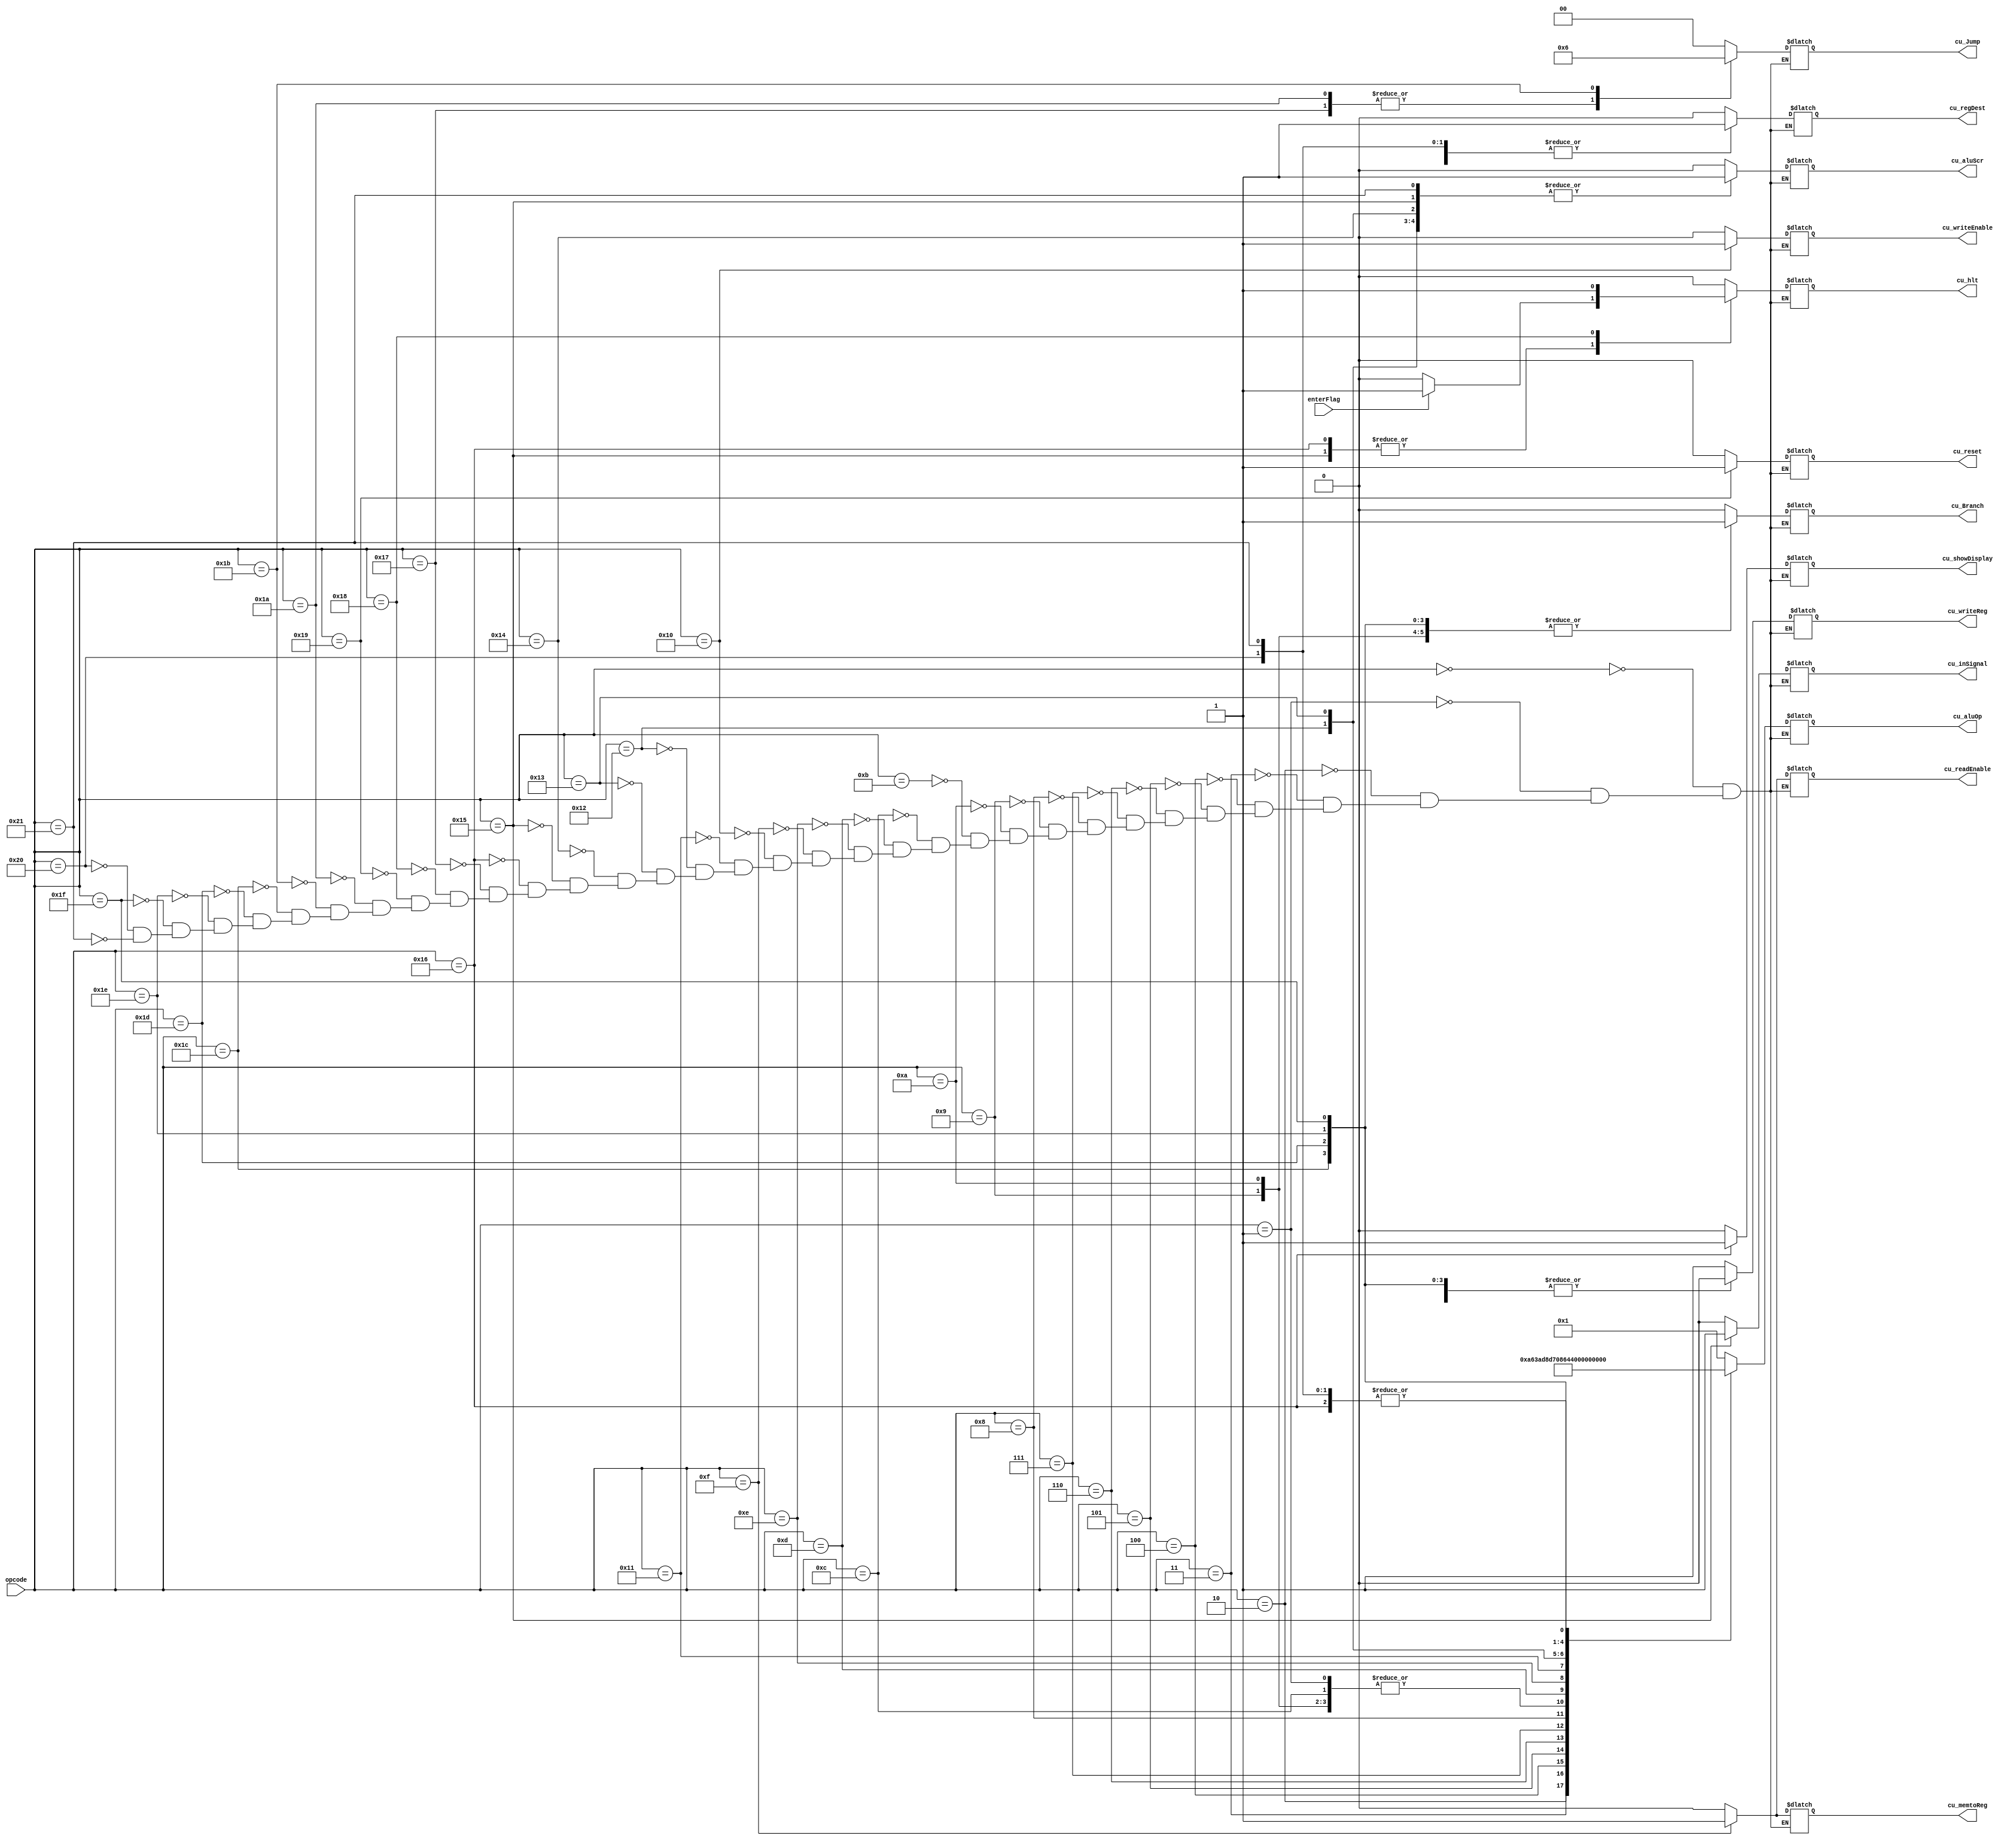
module controlUnity (opcode, cu_writeReg, cu_regDest, cu_memtoReg, cu_Jump, cu_inSignal, cu_aluScr, cu_writeEnable, cu_readEnable, cu_Branch, cu_aluOp, cu_hlt, cu_reset, cu_showDisplay, enterFlag);
  input [5:0] opcode;
  input enterFlag;
  output reg cu_writeReg, cu_regDest, cu_memtoReg, cu_inSignal, cu_aluScr, cu_writeEnable, cu_readEnable, cu_Branch, cu_hlt, cu_reset, cu_showDisplay;
  output reg [4:0] cu_aluOp;
  output reg [1:0] cu_Jump;

  always @ (opcode) begin
    case(opcode)
    6'b000000: begin //Add_OK
    cu_writeReg = 1'b1;
    cu_regDest = 1'b0;	
    cu_memtoReg = 1'b0;
    cu_Jump = 2'b00;
    cu_inSignal = 1'b0;
    cu_aluScr = 1'b0;
    cu_writeEnable = 1'b0;
    cu_readEnable = 1'b0;
    cu_Branch = 1'b0;
    cu_aluOp = 5'b00001;
    cu_hlt = 1'b0;
    cu_reset = 1'b0;
	 cu_showDisplay = 1'b0;
    end

    6'b000001: begin //Subtract_OK
    cu_writeReg = 1'b1;
    cu_regDest = 1'b0;
    cu_memtoReg = 1'b0;
    cu_Jump = 2'b00;
    cu_inSignal = 1'b0;
    cu_aluScr = 1'b0;
    cu_writeEnable = 1'b0;
    cu_readEnable = 1'b0;
    cu_Branch = 1'b0;
	 cu_aluOp = 5'b00010;
    cu_hlt = 1'b0;
    cu_reset = 1'b0;
	 cu_showDisplay = 1'b0;
    end

    6'b000010: begin //And_OK
    cu_writeReg = 1'b1;
    cu_regDest = 1'b0;
    cu_memtoReg = 1'b0;
    cu_Jump = 2'b00;
    cu_inSignal = 1'b0;
    cu_aluScr = 1'b0;
    cu_writeEnable = 1'b0;
    cu_readEnable = 1'b0;
    cu_Branch = 1'b0;
    cu_aluOp = 5'b00101;
    cu_hlt = 1'b0;
    cu_reset = 1'b0;
	 cu_showDisplay = 1'b0;
    end

    6'b000011: begin //Or_OK
    cu_writeReg = 1'b1;
    cu_regDest = 1'b0;
    cu_memtoReg = 1'b0;
    cu_Jump = 2'b00;
    cu_inSignal = 1'b0;
    cu_aluScr = 1'b0;
    cu_writeEnable = 1'b0;
    cu_readEnable = 1'b0;
    cu_Branch = 1'b0;
    cu_aluOp = 5'b00110;
    cu_hlt = 1'b0;
    cu_reset = 1'b0;
	 cu_showDisplay = 1'b0;
    end

    6'b000100: begin //Xor_OK
    cu_writeReg = 1'b1;
    cu_regDest = 1'b0;
    cu_memtoReg = 1'b0;
    cu_Jump = 2'b00;
    cu_inSignal = 1'b0;
    cu_aluScr = 1'b0;
    cu_writeEnable = 1'b0;
    cu_readEnable = 1'b0;
    cu_Branch = 1'b0;
    cu_aluOp = 5'b00111;
    cu_hlt = 1'b0;
    cu_reset = 1'b0;
	 cu_showDisplay = 1'b0;
    end

    6'b000101: begin //Set on less than_OK
    cu_writeReg = 1'b1;
    cu_regDest = 1'b0;
    cu_memtoReg = 1'b0;
    cu_Jump = 2'b00;
    cu_inSignal = 1'b0;
    cu_aluScr = 1'b0;
    cu_writeEnable = 1'b0;
    cu_readEnable = 1'b0;
    cu_Branch = 1'b0;
    cu_aluOp = 5'b01011;
    cu_hlt = 1'b0;
    cu_reset = 1'b0;
	 cu_showDisplay = 1'b0;
    end

    6'b000110: begin //Multiply_OK
    cu_writeReg = 1'b1;
    cu_regDest = 1'b0;
    cu_memtoReg = 1'b0;
    cu_Jump = 2'b00;
    cu_inSignal = 1'b0;
    cu_aluScr = 1'b0;
    cu_writeEnable = 1'b0;
    cu_readEnable = 1'b0;
    cu_Branch = 1'b0;
    cu_aluOp = 5'b01100;
    cu_hlt = 1'b0;
    cu_reset = 1'b0;
	 cu_showDisplay = 1'b0;
    end

    6'b000111: begin //Divide_OK
    cu_writeReg = 1'b1;
    cu_regDest = 1'b0;
    cu_memtoReg = 1'b0;
    cu_Jump = 2'b00;
    cu_inSignal = 1'b0;
    cu_aluScr = 1'b0;
    cu_writeEnable = 1'b0;
    cu_readEnable = 1'b0;
    cu_Branch = 1'b0;
    cu_aluOp = 5'b01101;
    cu_hlt = 1'b0;
    cu_reset = 1'b0;
	 cu_showDisplay = 1'b0;
    end

    6'b001000: begin //Rest_OK
    cu_writeReg = 1'b1;
    cu_regDest = 1'b0;
    cu_memtoReg = 1'b0;
    cu_Jump = 2'b00;
    cu_inSignal = 1'b0;
    cu_aluScr = 1'b0;
    cu_writeEnable = 1'b0;
    cu_readEnable = 1'b0;
    cu_Branch = 1'b0;
    cu_aluOp = 5'b01110;
    cu_hlt = 1'b0;
    cu_reset = 1'b0;
	 cu_showDisplay = 1'b0;
    end

    6'b001001: begin //Branch on Equal
    cu_writeReg = 1'b0;
    cu_regDest = 1'b1;
    cu_memtoReg = 1'b0;
    cu_Jump = 2'b00;
    cu_inSignal = 1'b0;
    cu_aluScr = 1'b0;
    cu_writeEnable = 1'b0;
    cu_readEnable = 1'b0;
    cu_Branch = 1'b1;
    cu_aluOp = 5'b00010;
    cu_hlt = 1'b0;
    cu_reset = 1'b0;
	 cu_showDisplay = 1'b0;
    end

    6'b001010: begin //Branch on not Equal
    cu_writeReg = 1'b0;
    cu_regDest = 1'b1;
    cu_memtoReg = 1'bx;
    cu_Jump = 2'b00;
    cu_inSignal = 1'b0;
    cu_aluScr = 1'b0;
    cu_writeEnable = 1'b0;
    cu_readEnable = 1'bx;
    cu_Branch = 1'b1;
    cu_aluOp = 5'b00010;
    cu_hlt = 1'b0;
    cu_reset = 1'b0;
	 cu_showDisplay = 1'b0;
    end

    6'b001011: begin //Add Immediate
    cu_writeReg = 1'b1;
    cu_regDest = 1'b1;
    cu_memtoReg = 1'b0;
    cu_Jump = 2'b00;
    cu_inSignal = 1'b0;
    cu_aluScr = 1'b1;
    cu_writeEnable = 1'b0;
    cu_readEnable = 1'b0;
    cu_Branch = 1'b0;
    cu_aluOp = 5'b00001;
    cu_hlt = 1'b0;
    cu_reset = 1'b0;
	 cu_showDisplay = 1'b0;
    end

    6'b001100: begin //Sub Immediate
    cu_writeReg = 1'b1;
    cu_regDest = 1'b1;
    cu_memtoReg = 1'b0;
    cu_Jump = 2'b00;
    cu_inSignal = 1'b0;
    cu_aluScr = 1'b1;
    cu_writeEnable = 1'b0;
    cu_readEnable = 1'bx;
    cu_Branch = 1'b0;
    cu_aluOp = 5'b00010;
    cu_hlt = 1'b0;
    cu_reset = 1'b0;
	 cu_showDisplay = 1'b0;
    end

    6'b001101: begin //Incremment
    cu_writeReg = 1'b1;
    cu_regDest = 1'b1;
    cu_memtoReg = 1'b0;
    cu_Jump = 2'b00;
    cu_inSignal = 1'b0;
    cu_aluScr = 1'b0;
    cu_writeEnable = 1'b0;
    cu_readEnable = 1'b0;
    cu_Branch = 1'b0;
    cu_aluOp = 5'b00011;
    cu_hlt = 1'b0;
    cu_reset = 1'b0;
	 cu_showDisplay = 1'b0;
    end

    6'b001110: begin //Decremment
    cu_writeReg = 1'b1;
    cu_regDest = 1'b1;
    cu_memtoReg = 1'b0;
    cu_Jump = 2'b00;
    cu_inSignal = 1'b0;
    cu_aluScr = 1'b0;
    cu_writeEnable = 1'b0;
    cu_readEnable = 1'b0;
    cu_Branch = 1'b0;
    cu_aluOp = 5'b00100;
    cu_hlt = 1'b0;
    cu_reset = 1'b0;
	 cu_showDisplay = 1'b0;
    end

    6'b001111: begin // Load Word_OK
    cu_writeReg = 1'b1;
    cu_regDest = 1'b1;
    cu_memtoReg = 1'b1;
    cu_Jump = 2'b00;
    cu_inSignal = 1'b0;
    cu_aluScr = 1'b1;
    cu_writeEnable = 1'b0;
    cu_readEnable = 1'b1;
    cu_Branch = 1'b0;
    cu_aluOp = 5'b00001;
    cu_hlt = 1'b0;
    cu_reset = 1'b0;
	 cu_showDisplay = 1'b0;
    end

    6'b010000: begin //Store Word_OK
    cu_writeReg = 1'b0;
    cu_regDest = 1'b1;
    cu_memtoReg = 1'b0;
    cu_Jump = 2'b00;
    cu_inSignal = 1'b0;
    cu_aluScr = 1'b1;
    cu_writeEnable = 1'b1;
    cu_readEnable = 1'b0;
    cu_Branch = 1'b0;
    cu_aluOp = 5'b00001;
    cu_hlt = 1'b0;
    cu_reset = 1'b0;
	 cu_showDisplay = 1'b0;
    end

    6'b010001: begin //Not
    cu_writeReg = 1'b1;
    cu_regDest = 1'b1;
    cu_memtoReg = 1'b0;
    cu_Jump = 2'b00;
    cu_inSignal = 1'b0;
    cu_aluScr = 1'b0;
    cu_writeEnable = 1'b0;
    cu_readEnable = 1'b0;
    cu_Branch = 1'b0;
    cu_aluOp = 5'b01000;
    cu_hlt = 1'b0;
    cu_reset = 1'b0;
	 cu_showDisplay = 1'b0;
    end

    6'b010010: begin //Shift Left Logical_NOK
    cu_writeReg = 1'b1;
    cu_regDest = 1'b1;
    cu_memtoReg = 1'b0;
    cu_Jump = 2'b00;
    cu_inSignal = 1'b0;
    cu_aluScr = 1'b1;
    cu_writeEnable = 1'b0;
    cu_readEnable = 1'b0;
    cu_Branch = 1'b0;
    cu_aluOp = 5'b01001;
    cu_hlt = 1'b0;
    cu_reset = 1'b0;
	 cu_showDisplay = 1'b0;
    end

    6'b010011: begin //Shift Right Logical_NOK
    cu_writeReg = 1'b1;
    cu_regDest = 1'b1;
    cu_memtoReg = 1'b0;
    cu_Jump = 2'b00;
    cu_inSignal = 1'b0;
    cu_aluScr = 1'b1;
    cu_writeEnable = 1'b0;
    cu_readEnable = 1'b0;
    cu_Branch = 1'b0;
    cu_aluOp = 5'b01010;
    cu_hlt = 1'b0;
    cu_reset = 1'b0;
	 cu_showDisplay = 1'b0;
    end

    6'b010100: begin //Load Word Immediate_OK
    cu_writeReg = 1'b1;
    cu_regDest = 1'b1;
    cu_memtoReg = 1'b0;
    cu_Jump = 2'b00;
    cu_inSignal = 1'b0;
    cu_aluScr = 1'b1;
    cu_writeEnable = 1'b0;
    cu_readEnable = 1'b0;
    cu_Branch = 1'b0;
    cu_aluOp = 5'b00001;
    cu_hlt = 1'b0;
    cu_reset = 1'b0;
	 cu_showDisplay = 1'b0;
    end

    6'b010101: begin //In_OK
    cu_writeReg = 1'b1;
    cu_regDest = 1'b1;
    cu_memtoReg = 1'b0;
    cu_Jump = 2'b00;
    cu_inSignal = 1'b1;
    cu_aluScr = 1'b1;
    cu_writeEnable = 1'b0;
    cu_readEnable = 1'b0;
    cu_Branch = 1'b0;
    cu_aluOp = 5'b00001;
	 if (enterFlag)
			cu_hlt = 1'b1;
		else
			cu_hlt = 1'b0;
    cu_reset = 1'b0;
	 cu_showDisplay = 1'b0;
    end

    6'b010110: begin // Out_OK
    cu_writeReg = 1'b0;
    cu_regDest = 1'b0;
    cu_memtoReg = 1'b0;
    cu_Jump = 2'b00;
    cu_inSignal = 1'b0;
    cu_aluScr = 1'b0;
    cu_writeEnable = 1'b0;
    cu_readEnable = 1'b0;
    cu_Branch = 1'b0;
    cu_aluOp = 5'b00000;
	 if (enterFlag)
			cu_hlt = 1'b1;
		else
			cu_hlt = 1'b0;
    cu_reset = 1'b0;
	 cu_showDisplay = 1'b1;
    end

    6'b010111: begin //Jump
    cu_writeReg = 1'bx;
    cu_regDest = 1'bx;
    cu_memtoReg = 1'bx;
    cu_Jump = 2'b01;
    cu_inSignal = 1'b0;
    cu_aluScr = 1'bx;
    cu_writeEnable = 1'bx;
    cu_readEnable = 1'bx;
    cu_Branch = 1'b0;
    cu_aluOp = 5'bxxxxx;
    cu_hlt = 1'b0;
    cu_reset = 1'b0;
	 cu_showDisplay = 1'b0;
    end

    6'b011000: begin //No Operation (halt)
    cu_writeReg = 1'bx;
    cu_regDest = 1'bx;
    cu_memtoReg = 1'bx;
    cu_Jump = 2'bxx;
    cu_inSignal = 1'b0;
    cu_aluScr = 1'bx;
    cu_writeEnable = 1'bx;
    cu_readEnable = 1'bx;
    cu_Branch = 1'bx;
    cu_aluOp = 5'bxxxxx;
    cu_hlt = 1'b1;
    cu_reset = 1'b0;
	 cu_showDisplay = 1'b0;
    end

    6'b011001: begin //Reset
    cu_writeReg = 1'bx;
    cu_regDest = 1'bx;
    cu_memtoReg = 1'bx;
    cu_Jump = 2'bxx;
    cu_inSignal = 1'b0;
    cu_aluScr = 1'bx;
    cu_writeEnable = 1'bx;
    cu_readEnable = 1'bx;
    cu_Branch = 1'bx;
    cu_aluOp = 5'bxxxxx;
    cu_hlt = 1'b0;
    cu_reset = 1'b1;
	 cu_showDisplay = 1'b0;
    end
	 
	 6'b011010: begin //Jump and link
    cu_writeReg = 1'b1;
    cu_regDest = 1'bx;
    cu_memtoReg = 1'bx;
    cu_Jump = 2'b01;
    cu_inSignal = 1'b0;
    cu_aluScr = 1'bx;
    cu_writeEnable = 1'bx;
    cu_readEnable = 1'bx;
    cu_Branch = 1'b0;
    cu_aluOp = 5'bxxxxx;
    cu_hlt = 1'b0;
    cu_reset = 1'b0;
	 cu_showDisplay = 1'b0;
    end
	
	 6'b011011: begin //Jump to register
    cu_writeReg = 1'bx;
    cu_regDest = 1'bx;
    cu_memtoReg = 1'bx;
    cu_Jump = 2'b10;
    cu_inSignal = 1'b0;
    cu_aluScr = 1'bx;
    cu_writeEnable = 1'bx;
    cu_readEnable = 1'bx;
    cu_Branch = 1'b0;
    cu_aluOp = 5'bxxxxx;
    cu_hlt = 1'b0;
    cu_reset = 1'b0;
	 cu_showDisplay = 1'b0;
    end
	 
	  6'b011100: begin //Branch on less than
    cu_writeReg = 1'b0;
    cu_regDest = 1'b1;
    cu_memtoReg = 1'b0;
    cu_Jump = 2'b00;
    cu_inSignal = 1'b0;
    cu_aluScr = 1'b0;
    cu_writeEnable = 1'b0;
    cu_readEnable = 1'b0;
    cu_Branch = 1'b1;
    cu_aluOp = 5'b10000;
    cu_hlt = 1'b0;
    cu_reset = 1'b0;
	 cu_showDisplay = 1'b0;
    end
	 
	 6'b011101: begin //Branch on less than or equal
    cu_writeReg = 1'b0;
    cu_regDest = 1'b1;
    cu_memtoReg = 1'b0;
    cu_Jump = 2'b00;
    cu_inSignal = 1'b0;
    cu_aluScr = 1'b0;
    cu_writeEnable = 1'b0;
    cu_readEnable = 1'b0;
    cu_Branch = 1'b1;
    cu_aluOp = 5'b10001;
    cu_hlt = 1'b0;
    cu_reset = 1'b0;
	 cu_showDisplay = 1'b0;
    end
	 
	 6'b011110: begin //Branch on greater than
    cu_writeReg = 1'b0;
    cu_regDest = 1'b1;
    cu_memtoReg = 1'b0;
    cu_Jump = 2'b00;
    cu_inSignal = 1'b0;
    cu_aluScr = 1'b0;
    cu_writeEnable = 1'b0;
    cu_readEnable = 1'b0;
    cu_Branch = 1'b1;
    cu_aluOp = 5'b10010;
    cu_hlt = 1'b0;
    cu_reset = 1'b0;
	 cu_showDisplay = 1'b0;
    end
	 
	 6'b011111: begin //Branch on greater than or equal
    cu_writeReg = 1'b0;
    cu_regDest = 1'b1;
    cu_memtoReg = 1'b0;
    cu_Jump = 2'b00;
    cu_inSignal = 1'b0;
    cu_aluScr = 1'b0;
    cu_writeEnable = 1'b0;
    cu_readEnable = 1'b0;
    cu_Branch = 1'b1;
    cu_aluOp = 5'b10011;
    cu_hlt = 1'b0;
    cu_reset = 1'b0;
	 cu_showDisplay = 1'b0;
    end
	 
	 6'b100000: begin //Move
    cu_writeReg = 1'b1;
    cu_regDest = 1'b1;
    cu_memtoReg = 1'b0;
    cu_Jump = 2'b00;
    cu_inSignal = 1'b0;
    cu_aluScr = 1'b0;
    cu_writeEnable = 1'b0;
    cu_readEnable = 1'b0;
    cu_Branch = 1'b0;
    cu_aluOp = 5'b00000;
    cu_hlt = 1'b0;
    cu_reset = 1'b0;
	 cu_showDisplay = 1'b0;
    end
	 
	 6'b100001: begin //Load Adress
    cu_writeReg = 1'b1;
    cu_regDest = 1'b1;
    cu_memtoReg = 1'b0;
    cu_Jump = 2'b00;
    cu_inSignal = 1'b0;
    cu_aluScr = 1'b1;
    cu_writeEnable = 1'b0;
    cu_readEnable = 1'b0;
    cu_Branch = 1'b0;
    cu_aluOp = 5'b00000;
    cu_hlt = 1'b0;
    cu_reset = 1'b0;
	 cu_showDisplay = 1'b0;
    end

  endcase
 end
endmodule // controlUnityopcode,